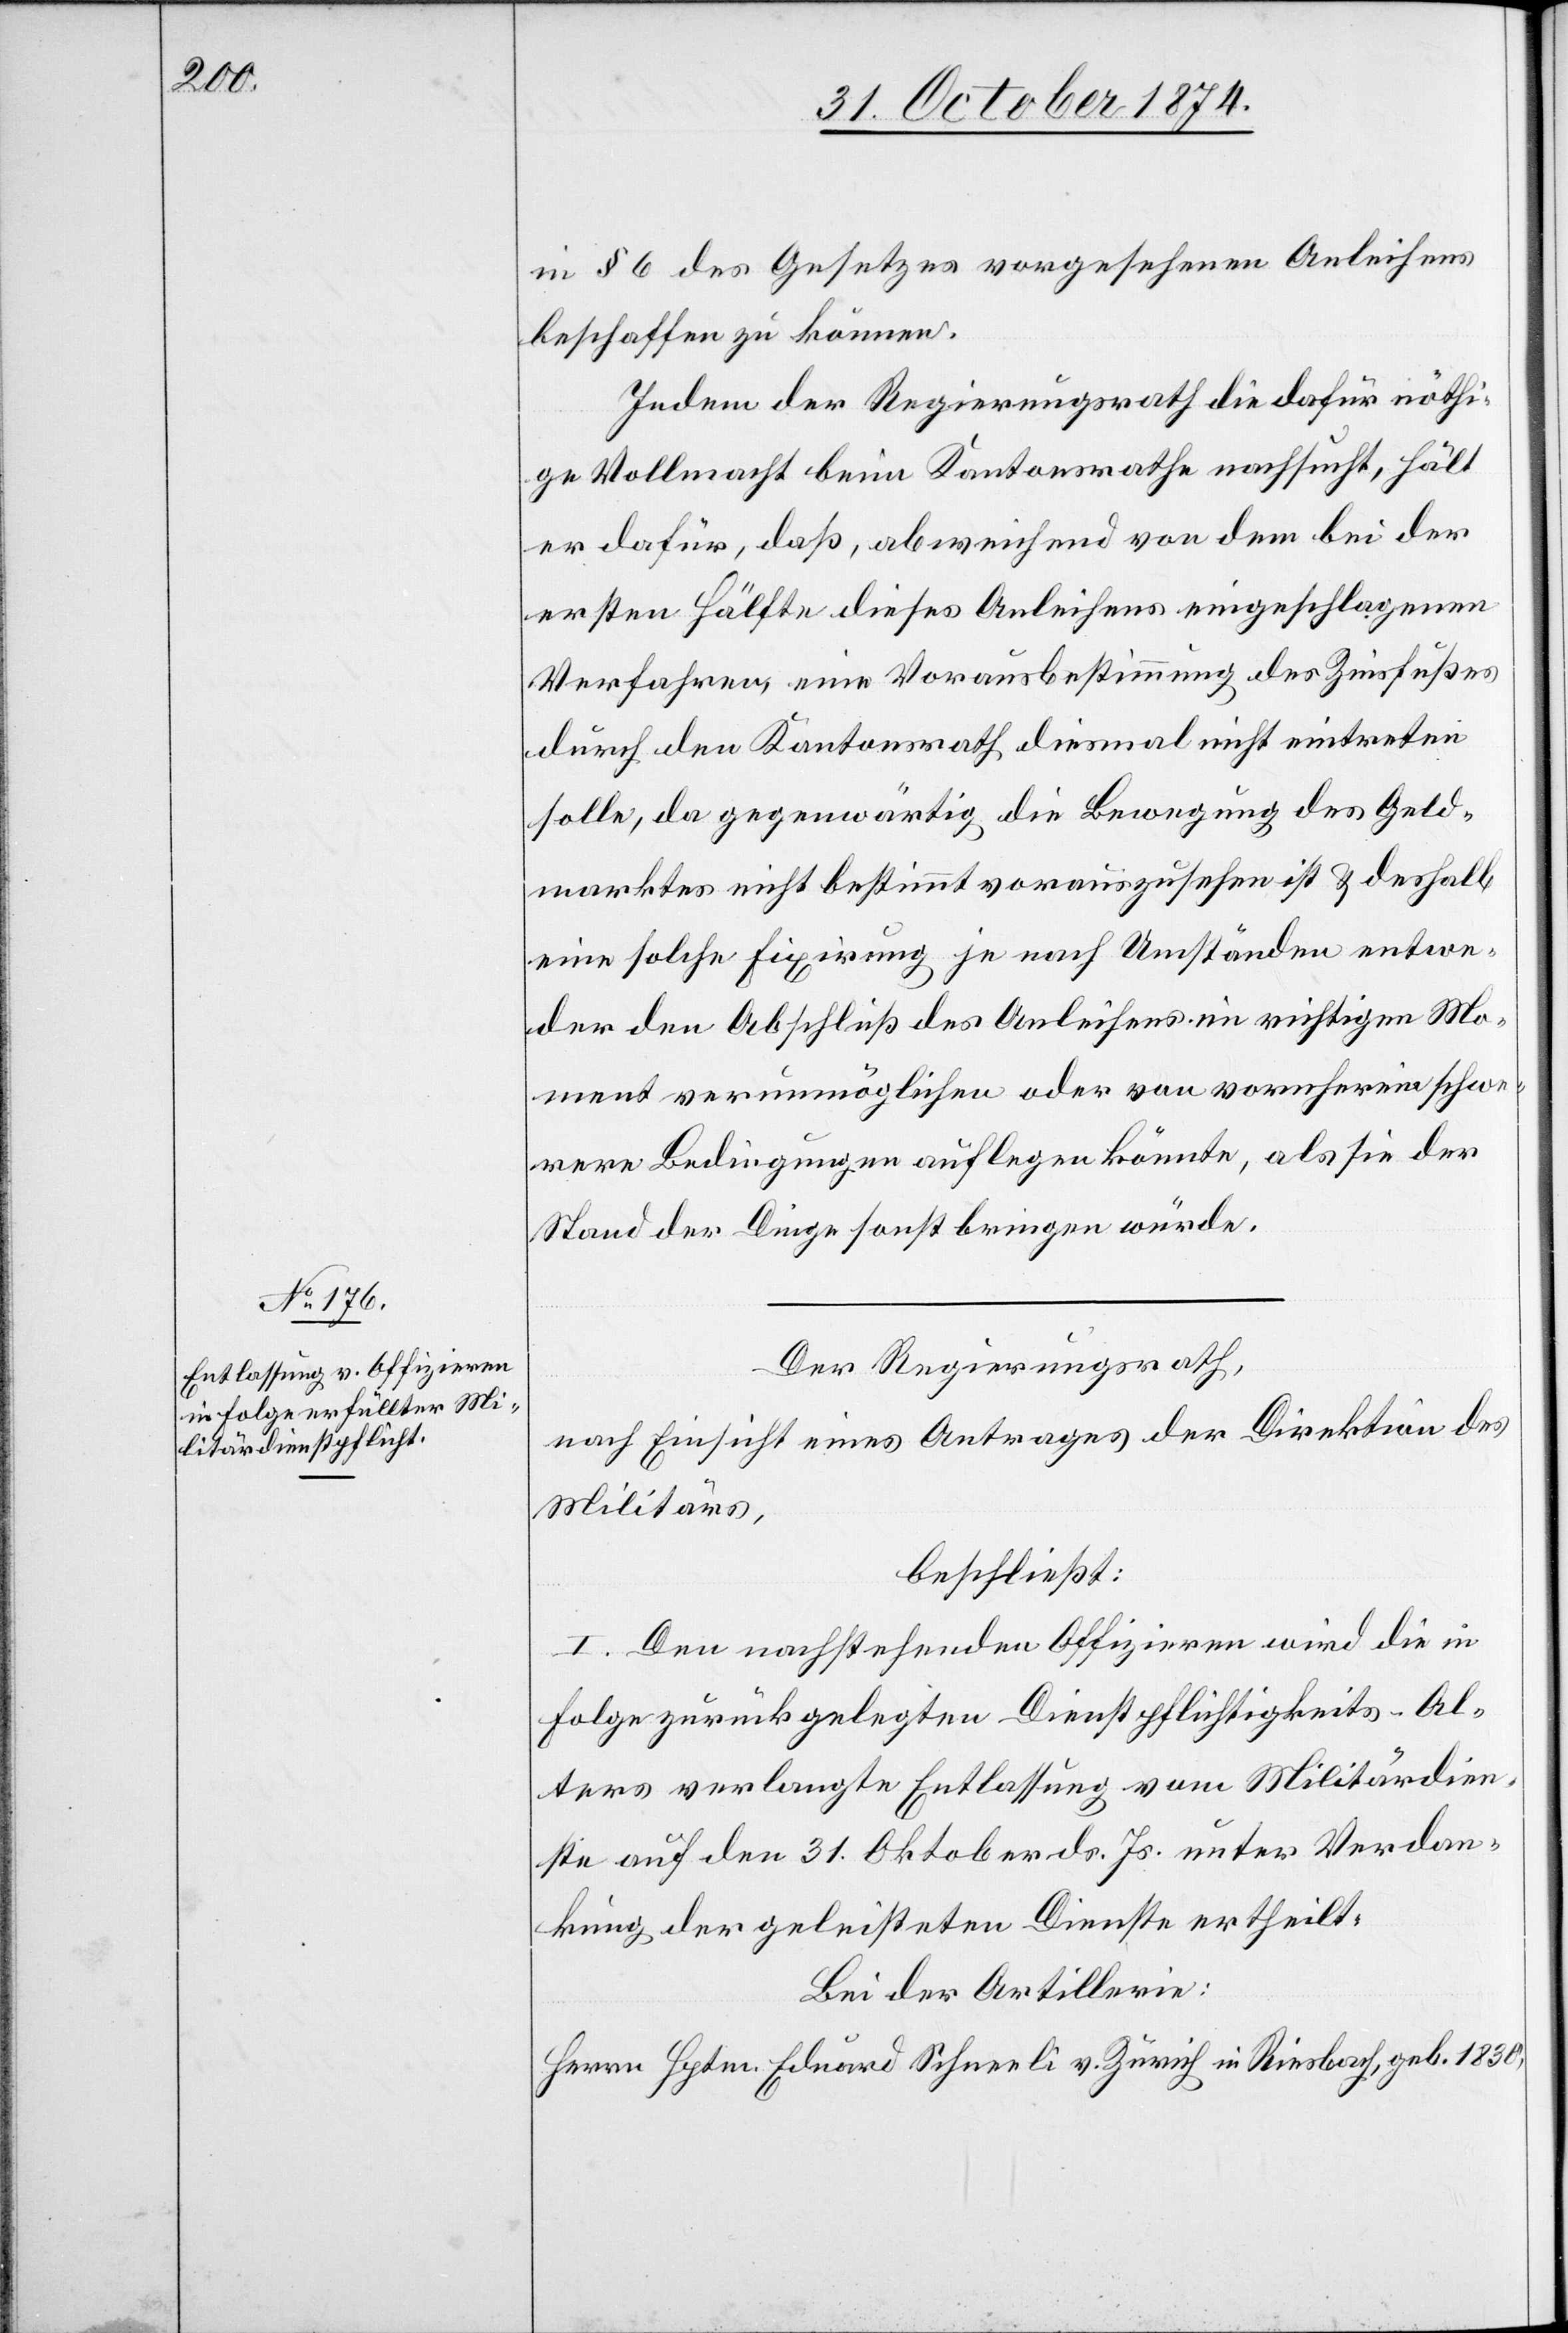
in § 6 des Gesetzes vorgesehenen Anleihens
beschaffen zu können.
Indem der Regierungsrath die dafür nöthi¬
ge Vollmacht beim Kantonsrathe nachsucht, hält
er dafür, daß, abweichend von dem bei der
ersten Hälfte dieses Anleihens eingeschlagenen
Verfahren, eine Vorausbestimmung des Zinsfußes
durch den Kantonsrath diesmal nicht eintreten
solle, da gegenwärtig die Bewegung des Geld¬
marktes nicht bestimmt vorauszusehen ist & deshalb
eine solche Fixirung je nach Umständen entwe¬
der den Abschluß des Anleihens im richtigen Mo¬
ment verunmöglichen oder von vornherein schwe¬
rere Bedingungen auflegen könnte, als sie der
Stand der Dinge sonst bringen würde.
Der Regierungsrath,
nach Einsicht eines Antrages der Direktion des
Militärs,
beschließt:
I. Den nachstehenden Offizieren wird die in
Folge zurückgelegten Dienstpflichtigkeits-Al¬
ters verlangte Entlassung vom Militärdien¬
ste auf den 31. Oktober ds. Js. unter Verdan¬
kung der geleisteten Dienste ertheilt.
Bei der Artillerie:
Herrn Hptm. Eduard Schneeli v. Zürich in Riesbach, geb. 1830,